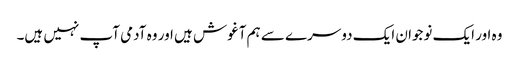
وہ اور ایک نوجوان ایک دوسرے سے ہم آغوش ہیں اور وہ آدمی آپ نہیں ہیں۔